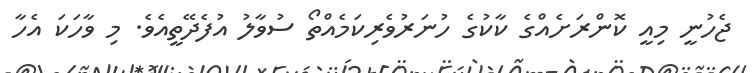
ޖެހުނީ މިއީ ކޮންރަށެއްގެ ކާކުގެ ހުނަރުވެރިކަމެއްތޯ ސުވާލު އުފެދޭތީއެވެ. މި ވާހަކަ އެހާ